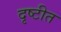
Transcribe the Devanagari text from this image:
दृष्टीत